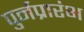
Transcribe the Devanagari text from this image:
पुर्नप्रारंभ